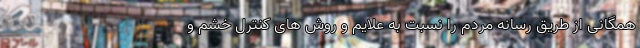
همگانی از طریق رسانه مردم را نسبت به علایم و روش های کنترل خشم و